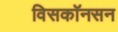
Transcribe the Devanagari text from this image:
विसकॉनसन